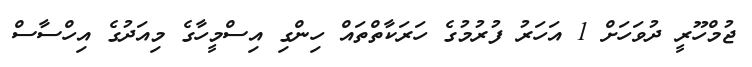
ޖުމްހޫރީ ދުވަހަށް 1 އަހަރު ފުރުމުގެ ހަރަކާތްތައް ހިންގި އިސްމީހާގެ މިއަދުގެ އިހްސާސް